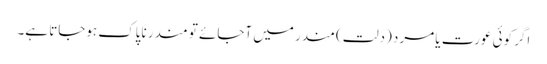
اگر کوئی عورت یا مرد (دلت) مندر میں آجائے تو مندر ناپاک ہوجاتا ہے۔